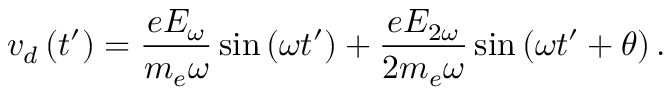
v _ { d } \left( t ^ { \prime } \right) = \frac { e E _ { \omega } } { m _ { e } \omega } \sin \left( \omega t ^ { \prime } \right) + \frac { e E _ { 2 \omega } } { 2 m _ { e } \omega } \sin \left( \omega t ^ { \prime } + \theta \right) .